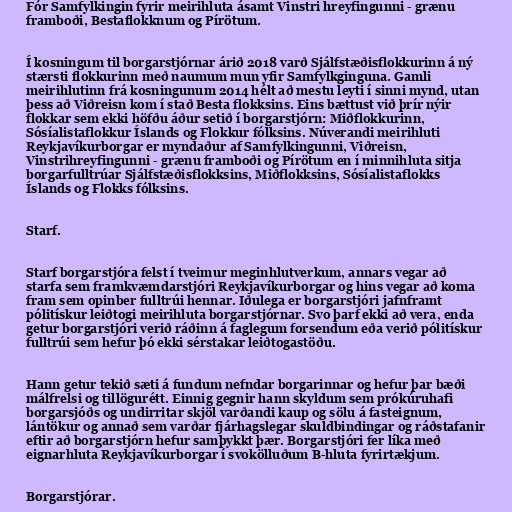
Fór Samfylkingin fyrir meirihluta ásamt Vinstri hreyfingunni - grænu
framboði, Bestaflokknum og Pírötum.

Í kosningum til borgarstjórnar árið 2018 varð Sjálfstæðisflokkurinn á ný
stærsti flokkurinn með naumum mun yfir Samfylkginguna. Gamli
meirihlutinn frá kosningunum 2014 hélt að mestu leyti í sinni mynd, utan
þess að Viðreisn kom í stað Besta flokksins. Eins bættust við þrír nýir
flokkar sem ekki höfðu áður setið í borgarstjórn: Miðflokkurinn,
Sósíalistaflokkur Íslands og Flokkur fólksins. Núverandi meirihluti
Reykjavíkurborgar er myndaður af Samfylkingunni, Viðreisn,
Vinstrihreyfingunni - grænu framboði og Pírötum en í minnihluta sitja
borgarfulltrúar Sjálfstæðisflokksins, Miðflokksins, Sósíalistaflokks
Íslands og Flokks fólksins.

Starf.

Starf borgarstjóra felst í tveimur meginhlutverkum, annars vegar að
starfa sem framkvæmdarstjóri Reykjavíkurborgar og hins vegar að koma
fram sem opinber fulltrúi hennar. Iðulega er borgarstjóri jafnframt
pólitískur leiðtogi meirihluta borgarstjórnar. Svo þarf ekki að vera, enda
getur borgarstjóri verið ráðinn á faglegum forsendum eða verið pólitískur
fulltrúi sem hefur þó ekki sérstakar leiðtogastöðu.

Hann getur tekið sæti á fundum nefndar borgarinnar og hefur þar bæði
málfrelsi og tillögurétt. Einnig gegnir hann skyldum sem prókúruhafi
borgarsjóðs og undirritar skjöl varðandi kaup og sölu á fasteignum,
lántökur og annað sem varðar fjárhagslegar skuldbindingar og ráðstafanir
eftir að borgarstjórn hefur samþykkt þær. Borgarstjóri fer líka með
eignarhluta Reykjavíkurborgar í svokölluðum B-hluta fyrirtækjum.

Borgarstjórar.